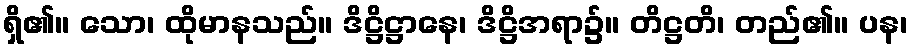
ရှိ၏။ သော၊ ထိုမာနသည်။ ဒိဋ္ဌိဋ္ဌာနေ၊ ဒိဋ္ဌိအရာ၌။ တိဋ္ဌတိ၊ တည်၏။ ပန၊